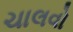
ચાલવો